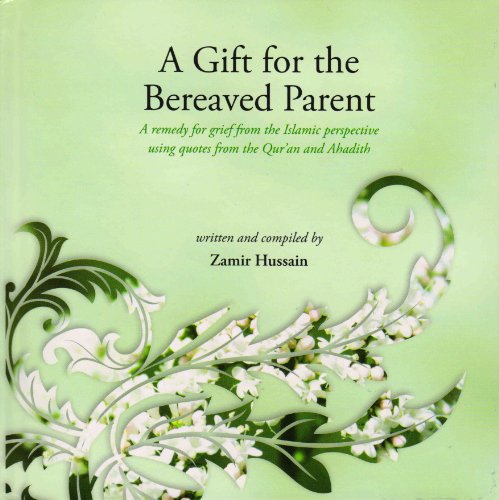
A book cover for A Gift for the Bereaved Parent: A Remedy for Grief from the Islamic Perspective Using Quotes from the Quran and Hadith; Religion & Spirituality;